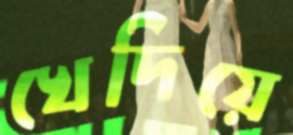
খেদিয়ে